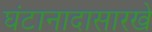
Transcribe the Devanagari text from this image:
घंटानादासारखे